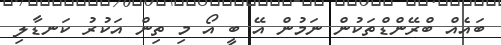
ބައެއް ބްރޭންޑްތަކުން ނަމުން އޭ ބީ އޯ މި ތިން އަކުރު ކަނޑާލި